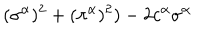
( \sigma ^ { \alpha } ) ^ { 2 } + ( \pi ^ { \alpha } ) ^ { 2 } ) - 2 c ^ { \alpha } \sigma ^ { \alpha }